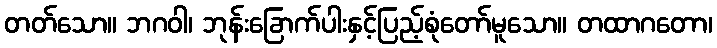
တတ်သော။ ဘဂဝါ၊ ဘုန်းခြောက်ပါးနှင့်ပြည့်စုံတော်မူသော။ တထာဂတော၊